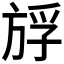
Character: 𰕪